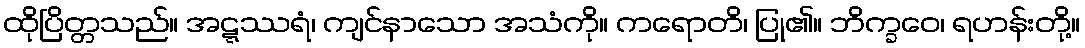
ထိုပြိတ္တသည်။ အဋ္ဋဿရံ၊ ကျင်နာသော အသံကို။ ကရောတိ၊ ပြု၏။ ဘိက္ခဝေ၊ ရဟန်းတို့။